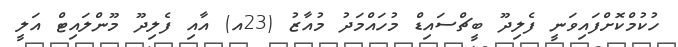
ހުކުމްކޮށްފައިވަނީ ފެލިދޫ ބީޗްސައިޑް މުހައްމަދު މުއާޒު (23އ) އާއި ފެލިދޫ މޫންލައިޓް އަލީ